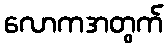
လောကအတွက်